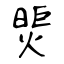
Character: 煚